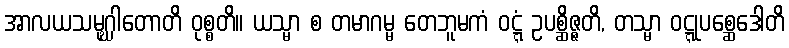
အာလယသမုဂ္ဃါတောတိ ဝုစ္စတိ။ ယသ္မာ စ တမာဂမ္မ တေဘူမကံ ဝဋ္ဋံ ဥပစ္ဆိဇ္ဇတိ, တသ္မာ ဝဋ္ဋုပစ္ဆေဒေါတိ